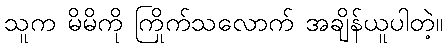
သူက မိမိကို ကြိုက်သလောက် အချိန်ယူပါတဲ့။